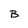
Character: B